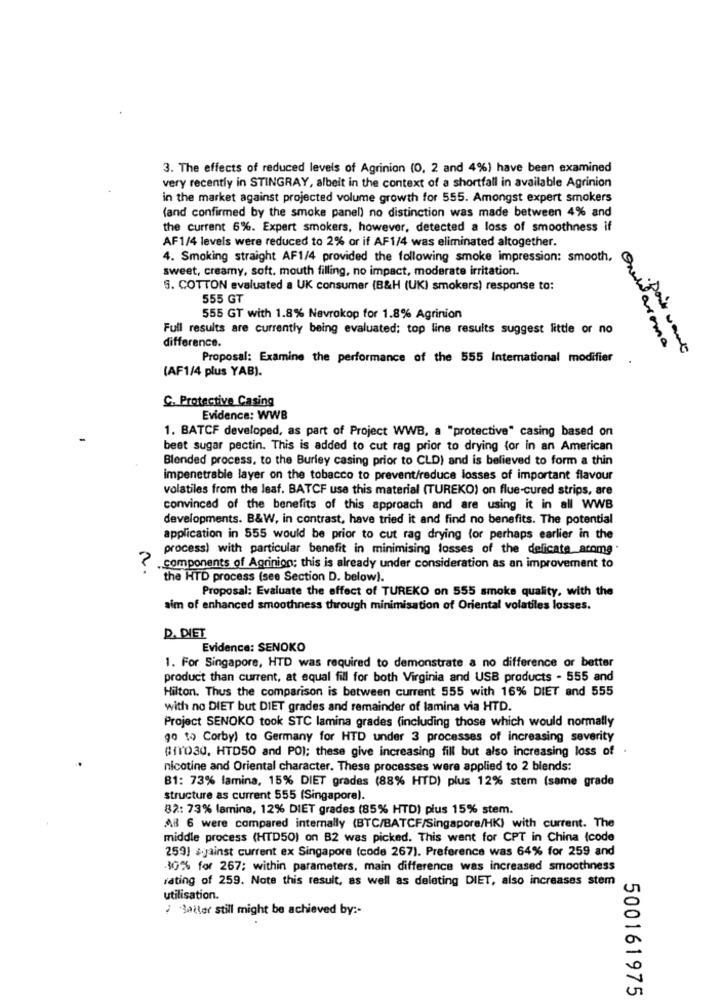
3. The effects of reduced levels of Agrinion (0, 2 and 4%) have been examined
very recently in STINGRAY, albeit in the context of a shortfall in available Agrinion
in the market against projected volume growth for 555. Amongst expert smokers
(and confirmed by the smoke panel) no distinction was made between 4% and
the current 6%. Expert smokers, however, detected a loss of smoothness if
AF1/4 levels were reduced to 2% or if AF1/4 was eliminated altogether.
4. Smoking straight AF1/4 provided the following smoke impression: smooth,
sweet, creamy, soft. mouth filling, no impact, moderate irritation.
S. COTTON evaluated a UK consumer (B&H (UK) smokers) response to:
555 GT
555 GT with 1.8% Nevrokop for 1.8% Agrinion
Full results are currently being evaluated; top line results suggest little or no
difference.
Proposal: Examine the performance of the 555 International modifier
anddaroma
(AF1/4 plus YAB).
C. Protective Casing
Evidence: WWB
1. BATCF developed, as part of Project WWB, a "protective" casing based on
beet sugar pectin. This is added to cut rag prior to drying for in an American
Blended process, to the Burley casing prior to CLD) and is believed to form a thin
impenetrable layer on the tobacco to prevent/reduce lossas of important flavour
volatiles from the leaf. BATCF use this material (TUREKO) on flue-cured strips, are
convinced of the benefits of this approach and are using it in all WWB
developments. B&W, in contrast, have tried it and find no benefits. The potential
application in 555 would be prior to cut rag drying for perhaps earlier in the
process) with particular benefit in minimising losses of the delicate aroma .
components of Agrinion; this is already under consideration as an improvement to
the HTD process (see Section D. below).
Proposal: Evaluate the effect of TUREKO on 555 smoke quality, with the
aim of enhanced smoothness through minimisation of Oriental volatiles losses.
D. DIET
Evidence: SENOKO
1. For Singapore, HTD was required to demonstrate a no difference or better
product than current, at equal fill for both Virginia and USB products - 555 and
Hilton. Thus the comparison is between current 555 with 16% DIET and 555
with no DIET but DIET grades and remainder of lamina via HTD.
Project SENOKO took STC lamina grades (including those which would normally
go to Corby) to Germany for HTD under 3 processes of increasing severity
CITO30, HTD50 and PO); these give increasing fill but also increasing loss of
nicotine and Oriental character. These processes were applied to 2 blends:
B1: 73% lamina, 15% DIET grades (88% HTD) plus 12% stem (same grade
structure as current 555 (Singapore).
82: 73% lamina, 12% DIET grades (85% HTD) plus 15% stem.
AB 6 were compared internally (BTC/BATCF/Singapore/HK) with current. The
middle process (HTD50) on B2 was picked. This went for CPT in China (code
259) ¿jainst current ex Singapore (code 267). Preference was 64% for 259 and
30% for 267; within parameters, main difference was increased smoothness
rating of 259. Note this result, as well as deleting DIET, also increases stem
utilisation.
Batter still might be achieved by :-
500161975